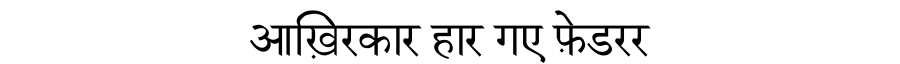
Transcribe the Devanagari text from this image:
आख़िरकार हार गए फ़ेडरर